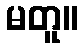
မတူ။